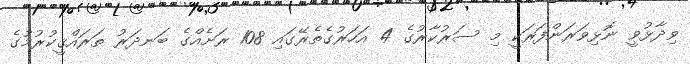
ވިދާޅުވީ ނޮޅިވަރަންފަރަކީ މި ސަރުކާރުގެ 4 އަހަރުގެތެރޭގައި 108 ރަށެއްގެ ބަނދަރު ތަރައްޤީކުރުމުގެ